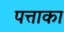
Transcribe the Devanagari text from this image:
पत्ताका